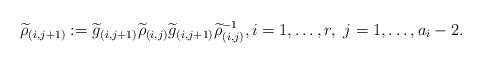
LaTeX: \begin{align*}\widetilde{\rho}_{(i,j+1)}:=\widetilde{g}_{(i,j+1)}\widetilde{\rho}_{(i,j)}\widetilde{g}_{(i,j+1)}\widetilde{\rho}_{(i,j)}^{-1}, i=1,\dots, r,\ j=1,\dots, a_{i}-2.\end{align*}